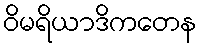
ဝိမရိယာဒိကတေန